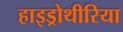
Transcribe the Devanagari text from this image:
हाइड्रोथीरिया